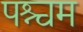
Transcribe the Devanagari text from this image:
पश्चम